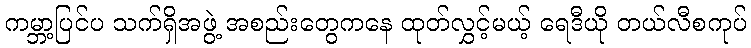
ကမ္ဘာ့ပြင်ပ သက်ရှိအဖွဲ့ အစည်းတွေကနေ ထုတ်လွှင့်မယ့် ရေဒီယို တယ်လီစကုပ်